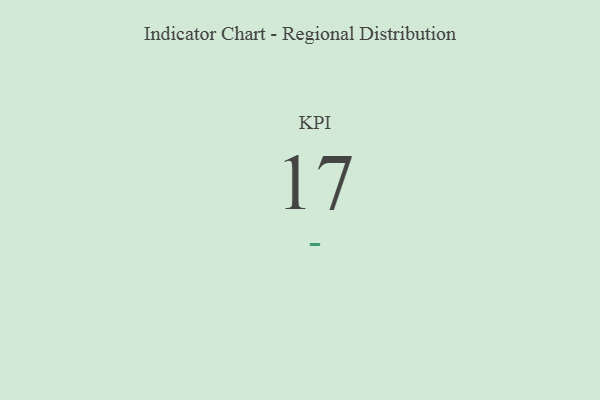
{"axis": {"x": "KPI", "y": "Value"}, "legend": [""], "data": [{"x": "KPI", "y": 17, "type": ""}]}